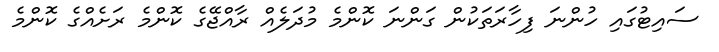
ސައިޓުގައި ހުންނަ ފިހާރަތަކުން ގަންނަ ކޮންމެ މުދަލެއް ރާއްޖޭގެ ކޮންމެ ރަށެއްގެ ކޮންމެ